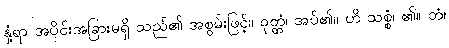
နှံ့ရာ အပိုင်းအခြားမရှိ သည်၏ အစွမ်းဖြင့်။ ဝုတ္တံ၊ အပ်၏။ ဟိ သစ္စံ၊ ၏။ တံ၊